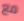
مع